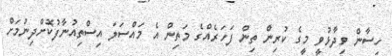
ހިސާން ވިދާޅުވީ މީގެ ކުރިން ތިން ފަހަރެއްގެ މަތިން އެ މައްސަލަ އިސްތިއުނާފުކޮށްދިނުމަށް